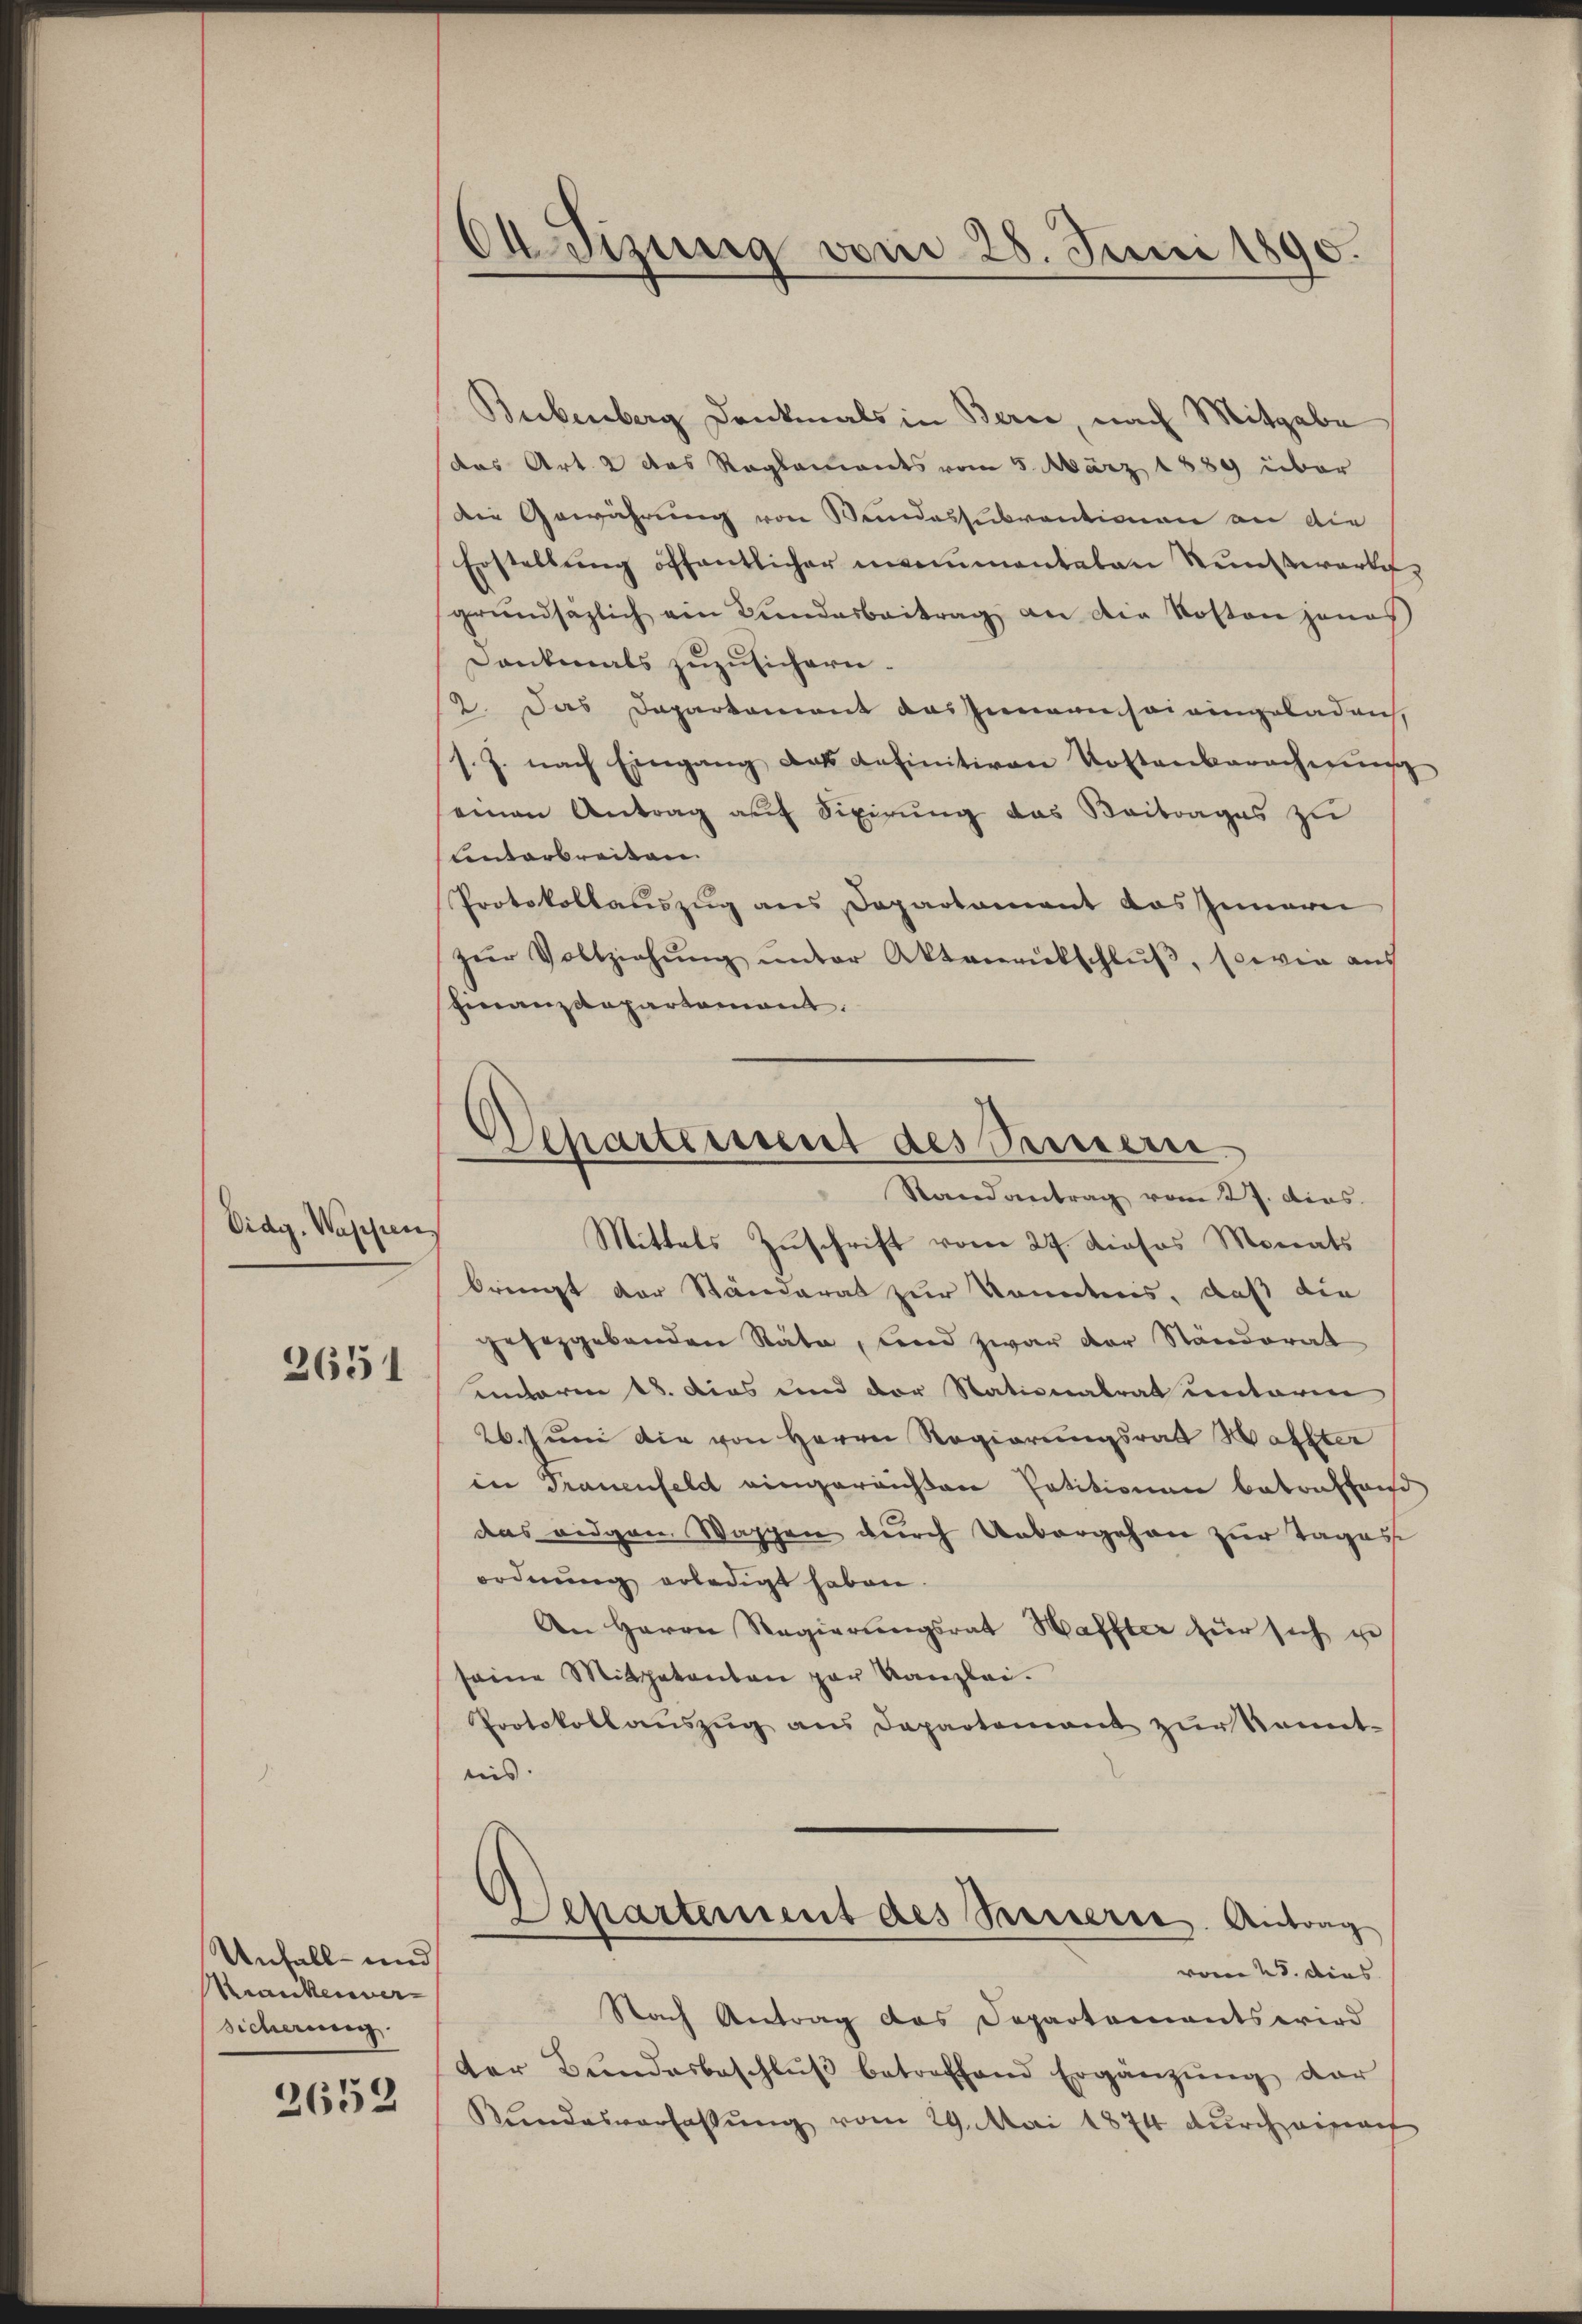
Oidg. Wassen
2651

Unfall- und
Krankeiner
Sicherung

2652

d Tizung vom 28. Juni 1890.

Departement des Seinern.
Randantrag vom 27. dies.
f
Mittels Zuschrift vom 27. Dieses Monats

Bubenberg Denkmals in Berne, nach Mitgabe
das Art. 2 des Reglements vom 5. März 1889 über
Die Gewährung von Bundessubventionen an die
Erstellŭng öffentlicher manumentaten Kunstwartegrŭndsazlich ein Fundarbeitrag an die Kosten jenes
Dankmals zuzusichern.
2. Das Daparkoment das Zunaansairingeladen,
s. J. nach Eingang das definitiven Kostenberechnŭng
einen Antrag auf Fixirung das Beitrages zu
Lnterbreiten.
Protokollauszug aus Departament das Innern
zŭr Vollziehŭng ŭnter Aktenrütschlŭβ, sowie auch
Finanzdepartement.
bringt der Ständerat zur Kenntnis, daß die
gesetzgebenden Räte, und zwar der Standorat
unterm 18. dies und der Stationalrat unterm
26. Juni die von Herrn Regierungsrath Halter
in Trauenfeld eingereichten Petitionen betreffend
das eidgen. Waschen durch Unbergehen zur Tages
ordnung erledigt haben.
An Herrn Regierŭngsrat Haffter für sich ge
seine Mitatenten par Kanzlei.
Protokollaŭszŭg ans Departement zŭr Kennt-
nis. |
Separtement des Passierte. Antrag
vom 28. dies
Nach Antrag das Departements wird
der Bŭndesbeschlŭβ betreffend Ergänzŭng der
Kundesverfassŭng vom 29. Mai 1874 durch einach